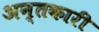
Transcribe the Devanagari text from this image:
अन्तकारी